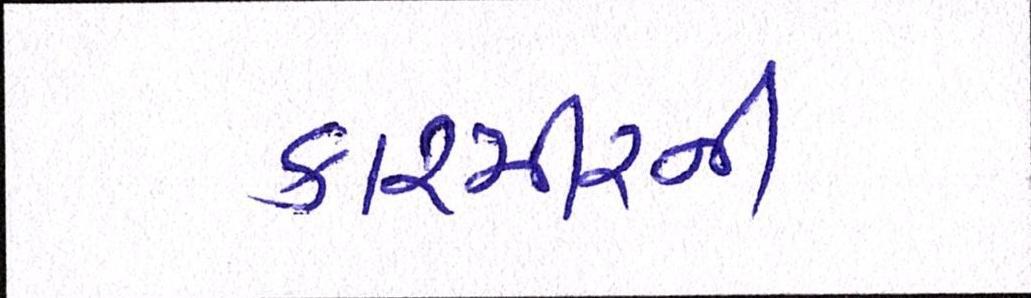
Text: કાશ્મીરની